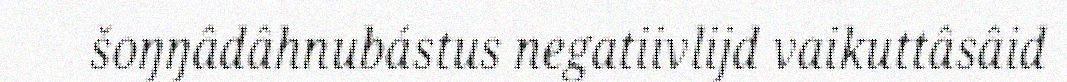
šoŋŋâdâhnubástus negatiivlijd vaikuttâsâid